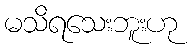
မသိရသေးဘူးဟု